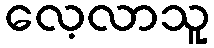
လေ့လာသူ